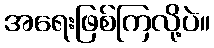
အရေးဖြစ်ကြလို့ပဲ။